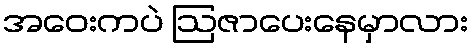
အဝေးကပဲ ဩဇာပေးနေမှာလား